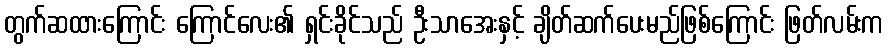
တွက်ဆထားကြောင်း ကြောင်လေး၏ ရှင်းခိုင်သည် ဦးသာအေးနှင့် ချိတ်ဆက်ပေးမည်ဖြစ်ကြောင်း ဖြတ်လမ်းက